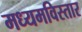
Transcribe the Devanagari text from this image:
मध्यमविस्तार